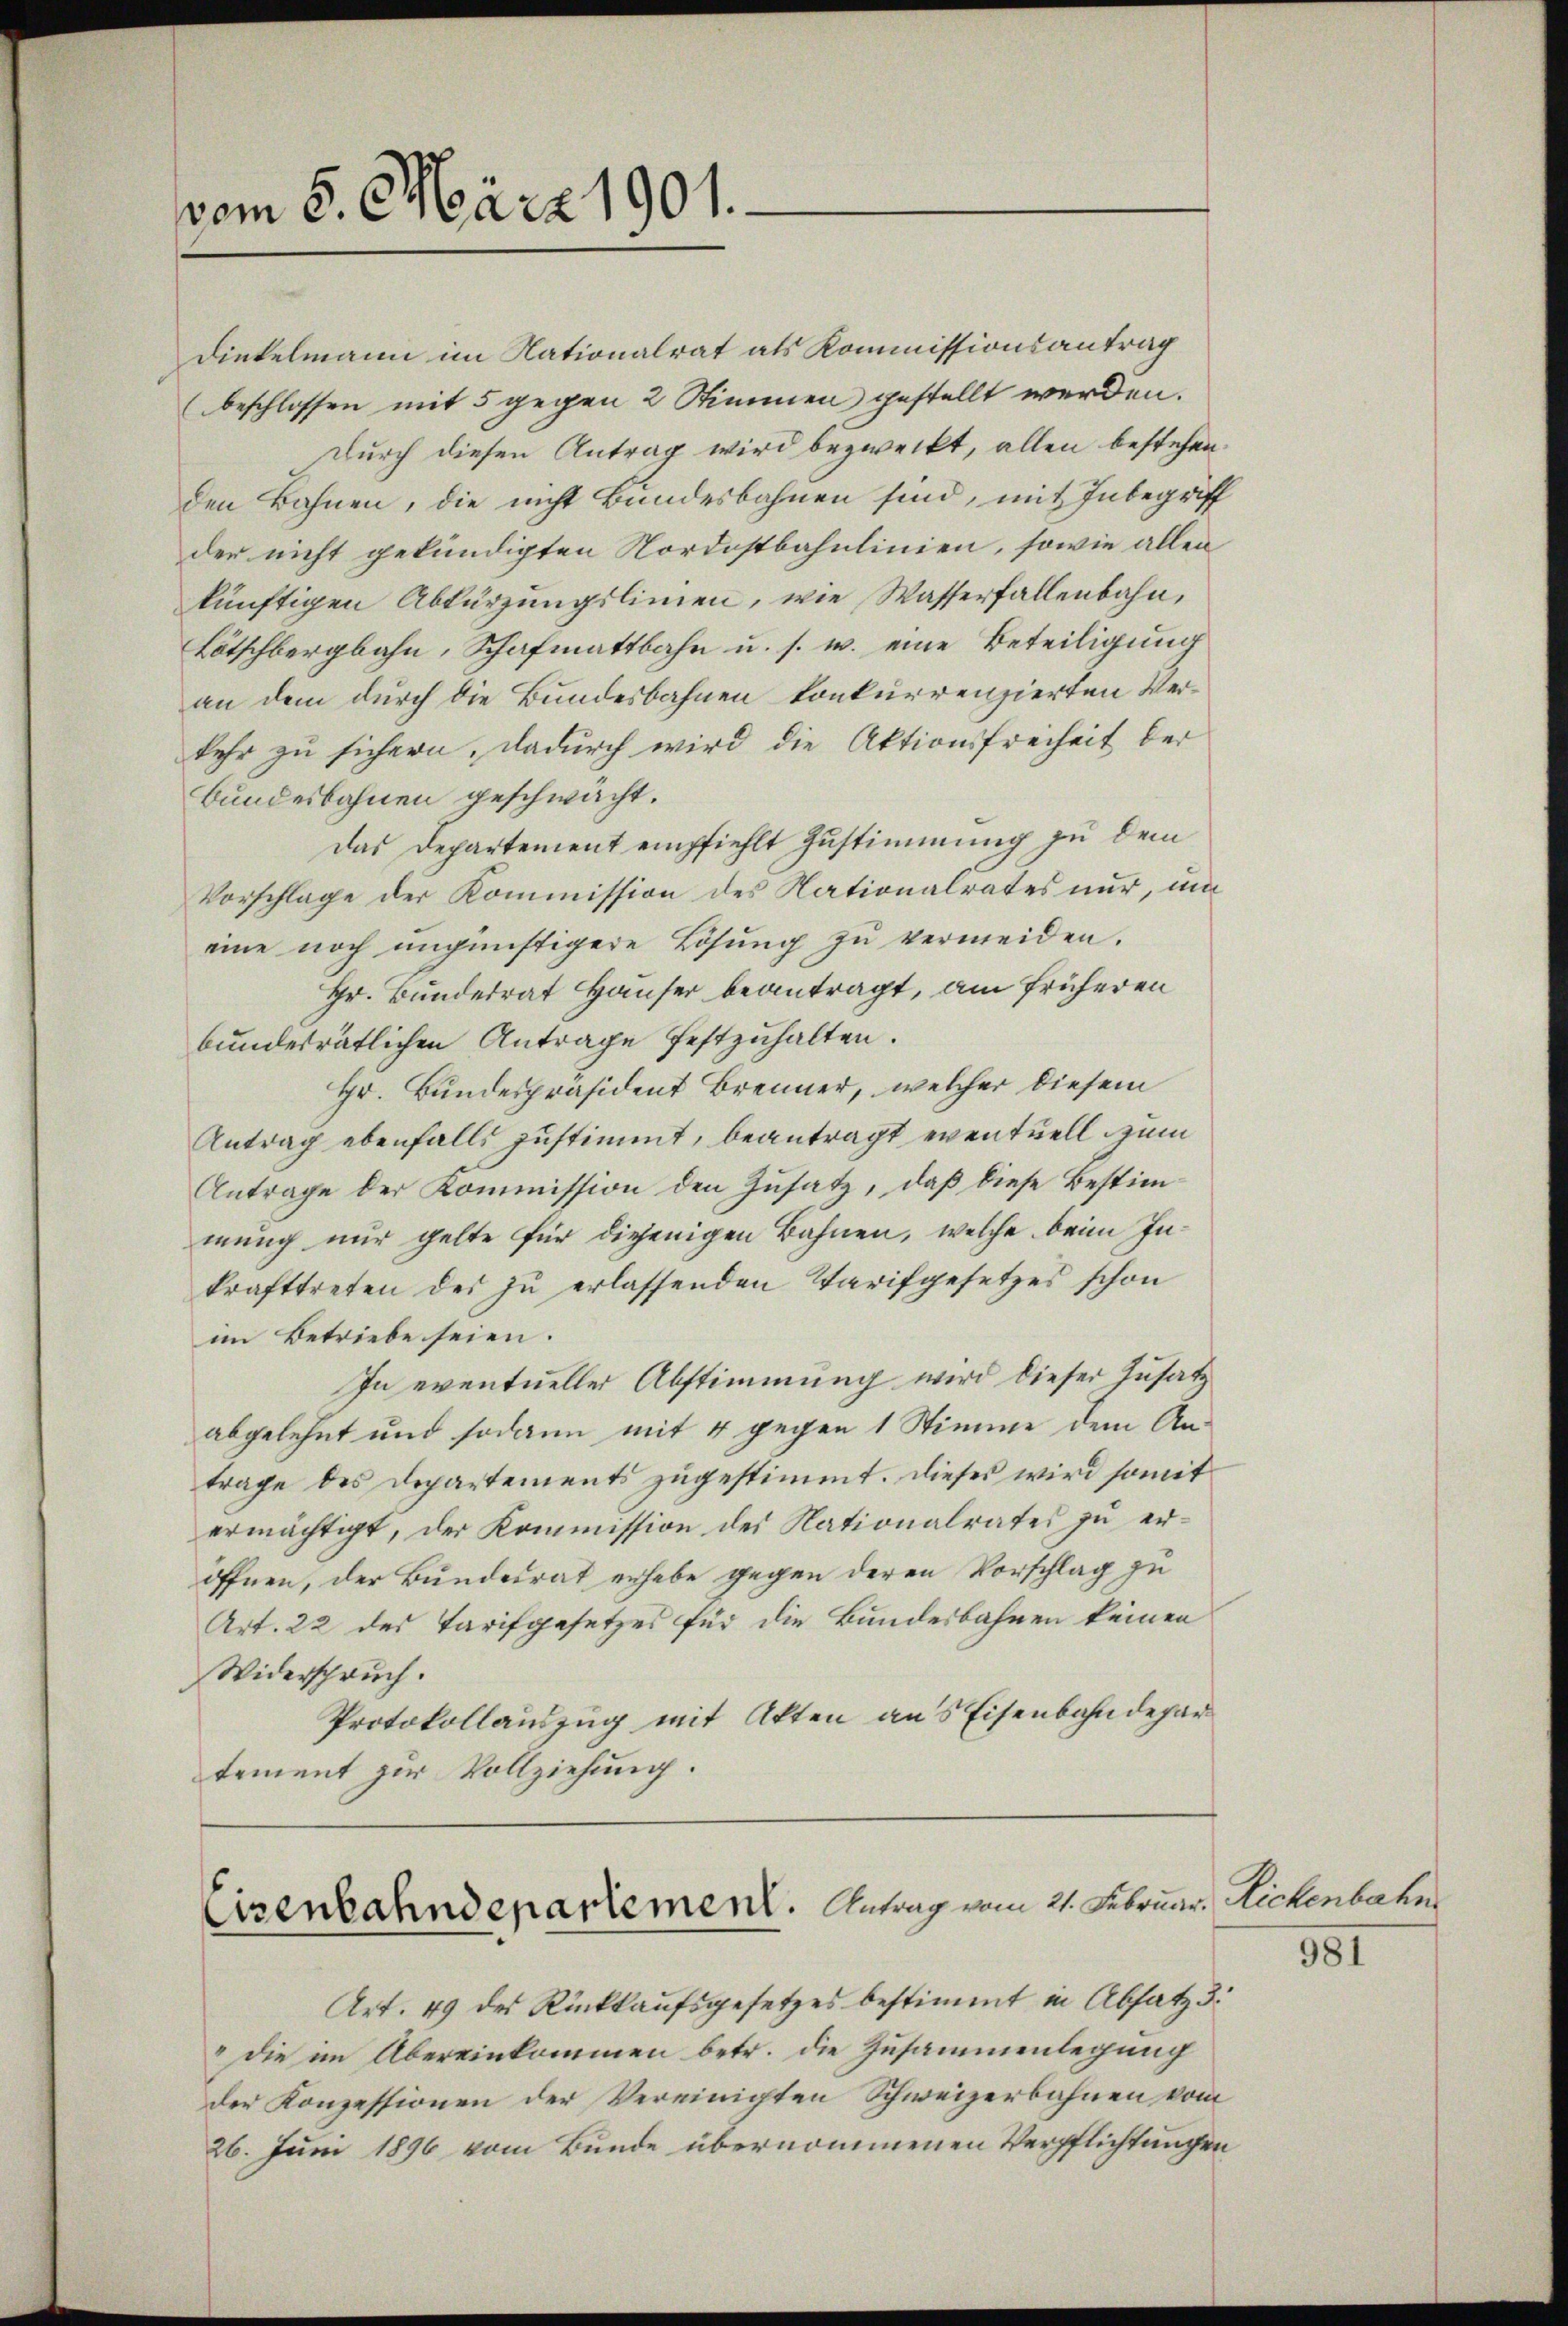
vom 5. März 1901.

Dinkelmann im Nationalrat als Kommissionsantrag
beschlossen mit 5 gegen 2 Stimmen gestellt werden.
durch diesen Antrag wird bezweckt, allen bestehen
den Bahnen, die nicht Bundesbahnen sind, mit Inbegriff
der nicht gekündigten Nordostbahnlinien, sowie allen
künftigen Abkürzungslinien, wie Wasserfallenbahn,
Lötschbergbahn, Schafmattbahn u. s. w. eine Beteiligung
an dem durch die Bundesbahnen konkurrenzierten Verkehr zu sichern. Dadurch wird die Aktionsfreiheit der
Bundesbahnen geschwächt.
Das Departement empfiehlt Zustimmung zu dem
Vorschlage der Kommission des Nationalrates nur, um
eine noch ungünstigere Lösung zŭ vermeiden.
Hr. Bundesrat Häuser beantragt, am früheren
bundesrätlichen Antrage festzuhalten.
Hr. Bundespräsident Brenner, welcher diesem
Antrag ebenfalls zustimmt, beantragt eventuell zum
Antrage der Kommission den Zusatz, daß diese Bestimmung nur gelte für diejenigen Bahnen, welche beim Inkrafttreten des zu erlassenden Tarifgesetzes schon
im Betriebe seien.
In eventueller Abstimmung wird dieser Zusatz
abgelehnt und sodann mit 4 gegen 1 Stimme dem Antrage des Departements zugestimmt. Dieses wird somit
ermächtigt, der Kommission des Nationalrates zu eröffnen, der Bundesrat erhebe gegen deren Vorschlag zu
Art. 22 des Tarifgesetzes für die Bundesbahnen keinen
Widerspruch.
Protokollauszug mit Akten aus Eisenbahndepar
tement zur Vollziehung.

Cisenbahndepartement. Antrag vom 21. Februar. Aichenberkr

Art. 49 des Rückkaufsgesetzes bestimmt in Absatz 3.
" die im Übereinkommen betr. die Zusammenlegung
der Konzessionen der Vereinigten Schweizerbahnen vom
26. Juni 1896 vom Bunde übernommenen Verpflichtungen

381